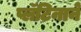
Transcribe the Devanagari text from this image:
प्लॅटिनाने